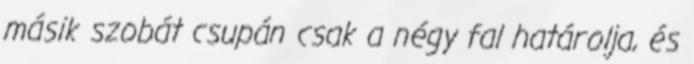
másik szobát csupán csak a négy fal határolja, és